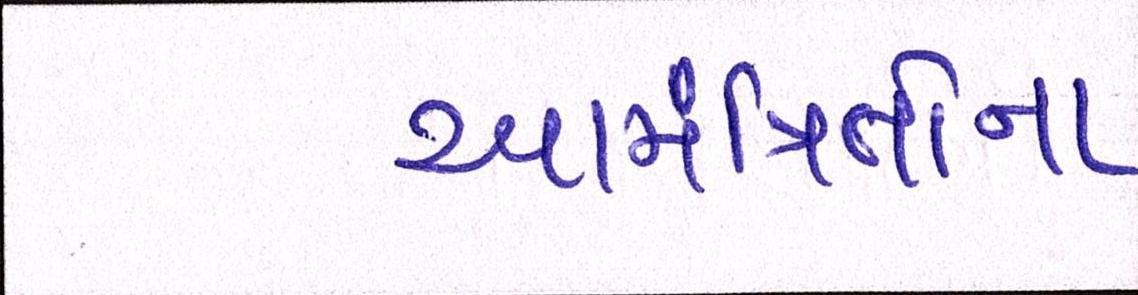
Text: આમંત્રિતોના